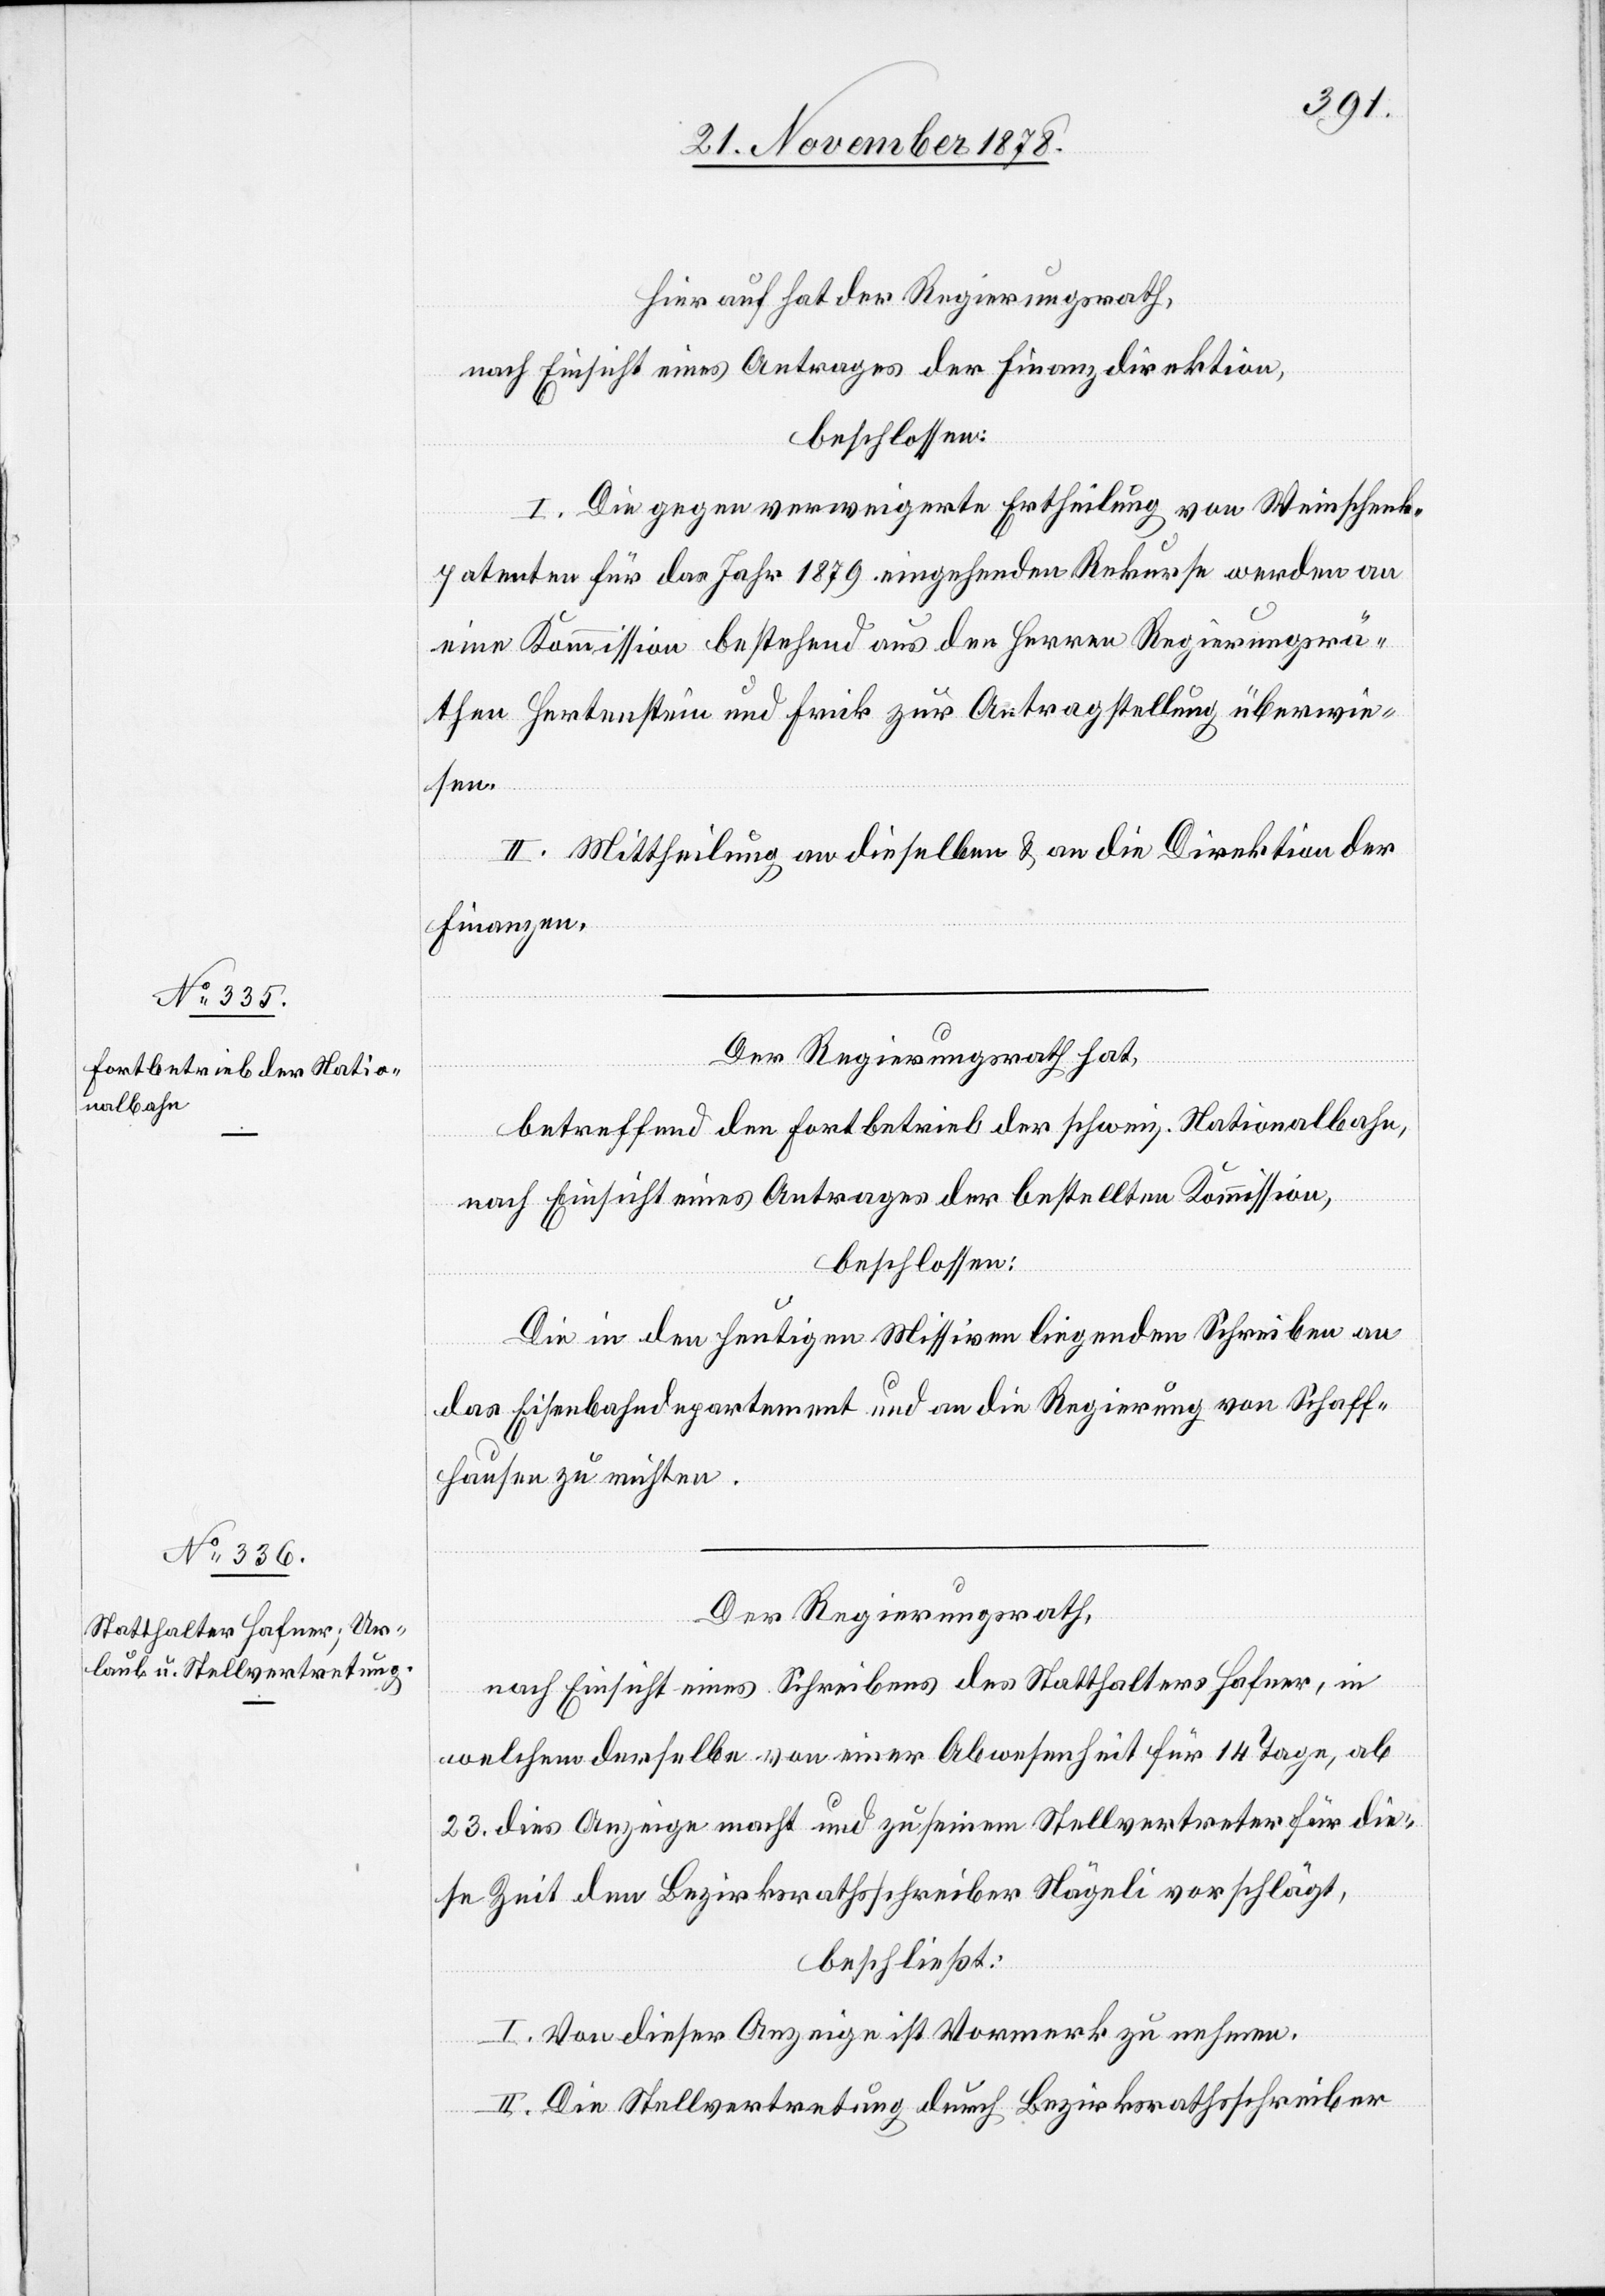
Hierauf hat der Regierungsrath,
nach Einsicht eines Antrages der Finanzdirektion,
beschlossen:
I. Die gegen verweigerte Ertheilung von Weinschenk¬
patenten für das Jahr 1879 eingehenden Rekurse werden an
eine Kommission bestehend aus den Herren Regierungsrä¬
then Hertenstein und Frick zur Antragstellung überwie¬
sen.
II. Mittheilung an dieselben & an die Direktion der
Finanzen.
Der Regierungsrath hat,
betreffend den Fortbetrieb der schweiz. Nationalbahn,
nach Einsicht eines Antrages der bestellten Kommission,
beschlossen:
Die in den heutigen Missiven liegenden Schreiben an
das Eisenbahndepartement und an die Regierung von Schaff¬
hausen zu richten.
Der Regierungsrath,
nach Einsicht eines Schreibens des Statthalters Hafner, in
welchem derselbe von einer Abwesenheit für 14 Tage, ab
23. dies Anzeige macht und zu seinem Stellvertreter für die¬
se Zeit den Bezirksrathsschreiber Nägeli vorschlägt,
beschließt:
I. Von dieser Anzeige ist Vormerk zu nehmen.
II. Die Stellvertretung durch Bezirksrathsschreiber